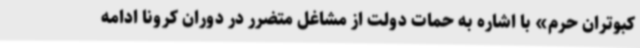
کبوتران حرم» با اشاره به حمات دولت از مشاغل متضرر در دوران کرونا ادامه